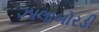
ઝાલાબોરડી